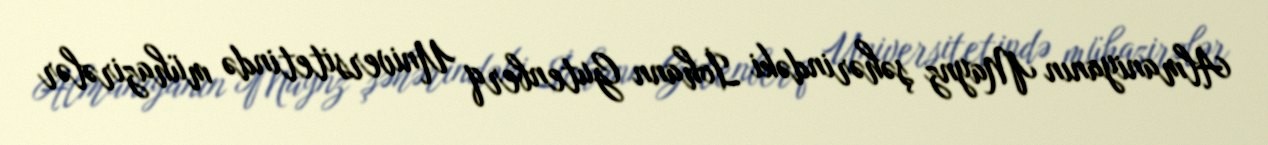
Almaniyanın Maynz şəhərindəki İohann Gutenberq Universitetində mühazirələr